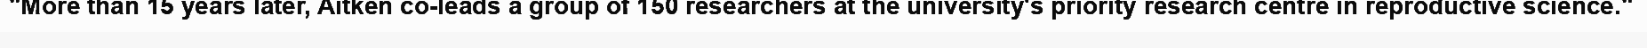
"More than 15 years later, Aitken co-leads a group of 150 researchers at the university's priority research centre in reproductive science."